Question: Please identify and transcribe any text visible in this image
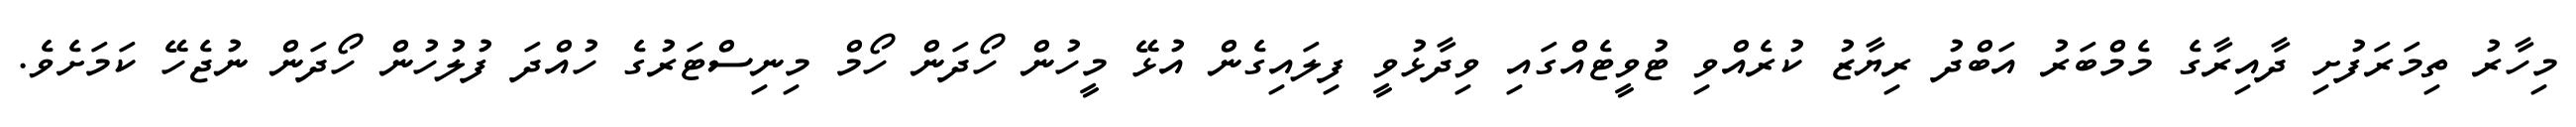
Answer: މިހާރު ތިމަރަފުށި ދާއިރާގެ މެމްބަރު އަބްދު ރިޔާޒު ކުރެއްވި ޓުވީޓެއްގައި ވިދާޅުވީ ފިލައިގެން އުޅޭ މީހުން ހޯދަން ހޯމް މިނިސްޓަރުގެ ހުއްދަ ފުލުހުން ހޯދަން ނުޖެހޭ ކަމަށެވެ.